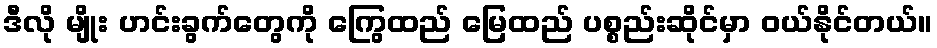
ဒီလို မျိုး ဟင်းခွက်တွေကို ကြွေထည် မြေထည် ပစ္စည်းဆိုင်မှာ ဝယ်နိုင်တယ်။